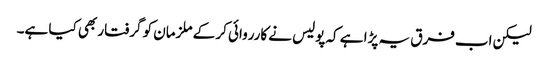
لیکن اب فرق یہ پڑا ہے کہ پولیس نے کارروائی کر کے ملزمان کو گرفتار بھی کیا ہے۔